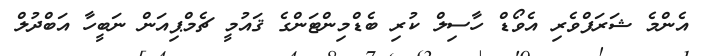
އެންމެ ޝަރަފްވެރި އެވޯޑް ހާސިލް ކުރި ބެޑްމިންޓަންގެ ޤައުމީ ޗެމްޕިއަން ނަބީހާ އަބްދުލް